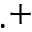
\cdot ^ { + }